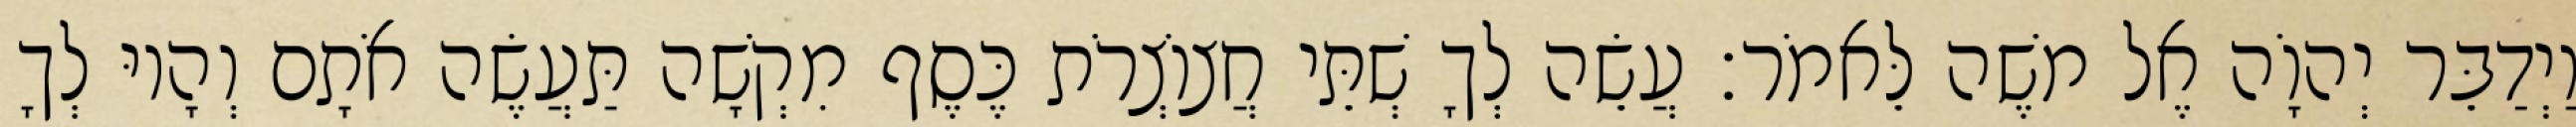
וַיְדַבֵּר יְהוָֹה אֶל משֶׁה לֵּאמֹר׃ עֲשֵׂה לְךָ שְׁתֵּי חֲצוֹצְרֹת כֶּסֶף מִקְשָׁה תַּעֲשֶׂה אֹתָם וְהָיוּ לְךָ